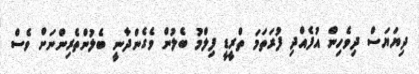
ދިޔަޔަސް ދިވެހިން އުފެއްދި ފުރަތަމަ ތްރީޑީ ފިލްމު ބެލުން ވެގެންދާނީ ބެލުންތެރިންނަށް ވެސް